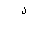
Letter: _lam